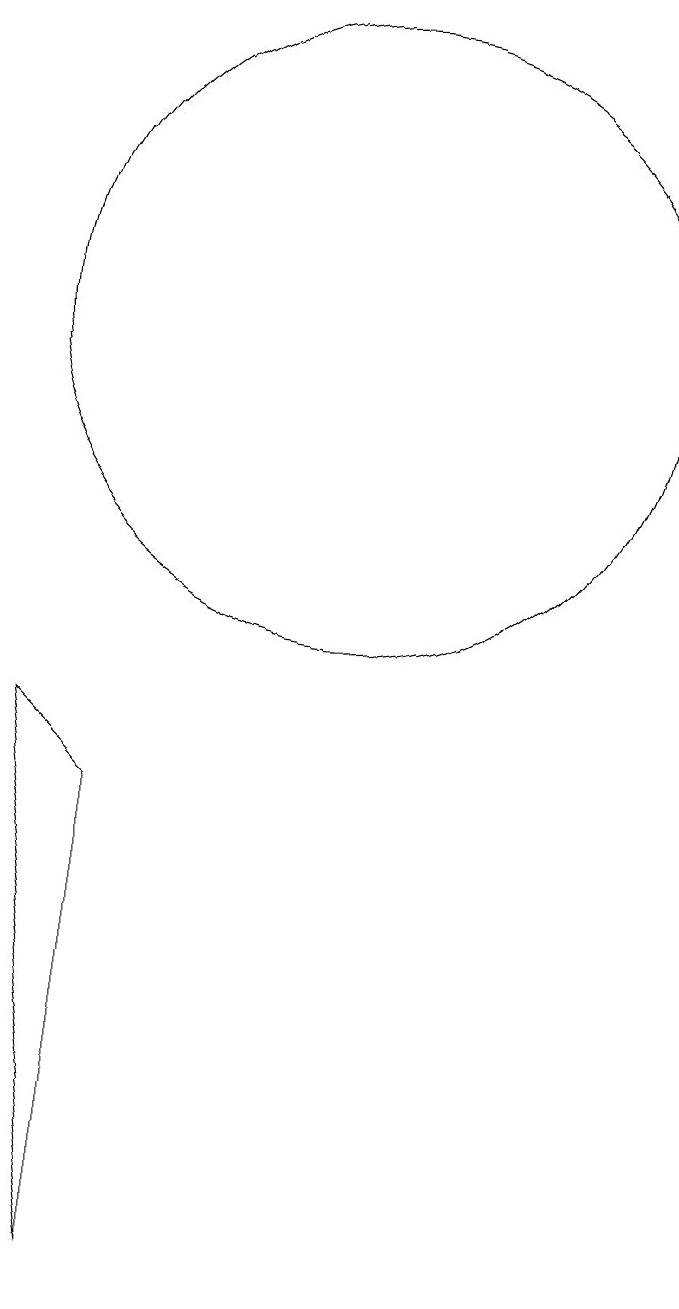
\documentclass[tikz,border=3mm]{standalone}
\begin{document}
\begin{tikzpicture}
\draw (7,0) -- (7,6) -- (6,7) -- cycle;
\draw (10,12) circle (4);
\draw (10,10) circle (0);
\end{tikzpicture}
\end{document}